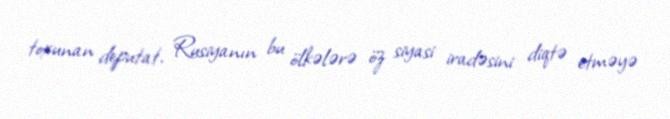
toxunan deputat, Rusiyanın bu ölkələrə öz siyasi iradəsini diqtə etməyə